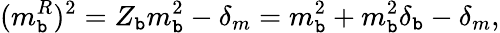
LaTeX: (m_{\mathtt{b}}^{R})^{2}=Z_{\mathtt{b}}m_{\mathtt{b}}^{2}-\delta_{m}=m_{\mathtt{b}}^{2}+m_{\mathtt{b}}^{2}\delta_{\mathtt{b}}-\delta_{m},